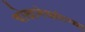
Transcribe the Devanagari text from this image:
चोखामेळ्यांच्या